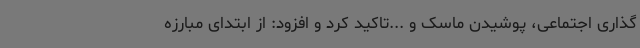
گذاری اجتماعی، پوشیدن ماسک و ...تاکید کرد و افزود: از ابتدای مبارزه